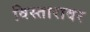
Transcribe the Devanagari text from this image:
विस्तारावर